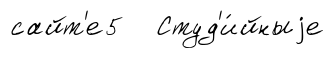
сайт'е5 Студ'и́йныjе